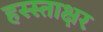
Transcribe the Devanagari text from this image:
हस्स्ताक्षर